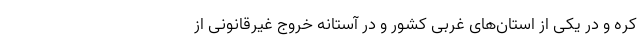
کره و در یکی از استان‌های غربی کشور و در آستانه خروج غیرقانونی از